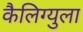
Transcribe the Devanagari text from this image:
कैलिग्युला